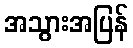
အသွားအပြန်